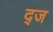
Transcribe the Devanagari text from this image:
द्ज